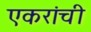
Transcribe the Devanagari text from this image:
एकरांची